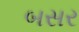
બસર